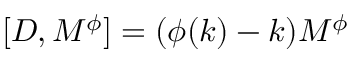
\lbrack D , M ^ { \phi } ] = ( \phi ( k ) - k ) M ^ { \phi }